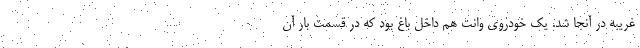
غریبه در آنجا شد. یک خودروی وانت هم داخل باغ بود که در قسمت بار آن